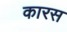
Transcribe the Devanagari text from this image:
कारस